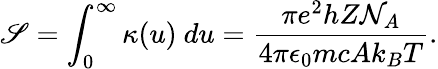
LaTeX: \mathscr{S}=\int_{0}^{\infty}\kappa(u)~du=\frac{\pi e^{2}hZ\mathcal{N}_{A}}{4\pi\epsilon_{0}mcAk_{B}T}.